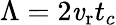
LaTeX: \Lambda=2\mathit{v}_{\mathrm{{r}}}t_{c}